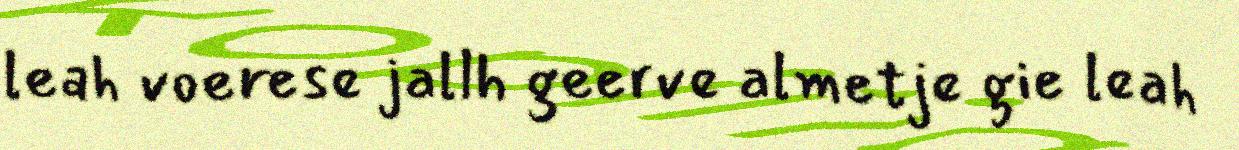
leah voerese jallh geerve almetje gie leah